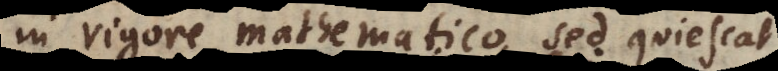
in rigore mathematico sed quiescat